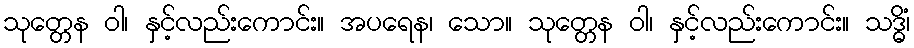
သုတ္တေန ဝါ၊ နှင့်လည်းကောင်း။ အပရေန၊ သော။ သုတ္တေန ဝါ၊ နှင့်လည်းကောင်း။ သဒ္ဓိံ၊